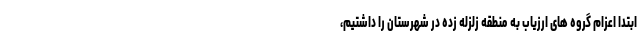
ابتدا اعزام گروه های ارزیاب به منطقه زلزله زده در شهرستان را داشتیم،